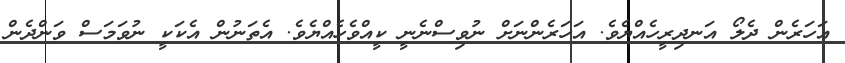
އަހަރެން ދެލޯ އަނދިރީހެއްޔެވެ. އަހަރެންނަށް ނުވިސްނެނީ ކީއްވެހެއްޔެވެ. އެތަނުން އެކަކީ ނުވަމަސް ވަންދެން